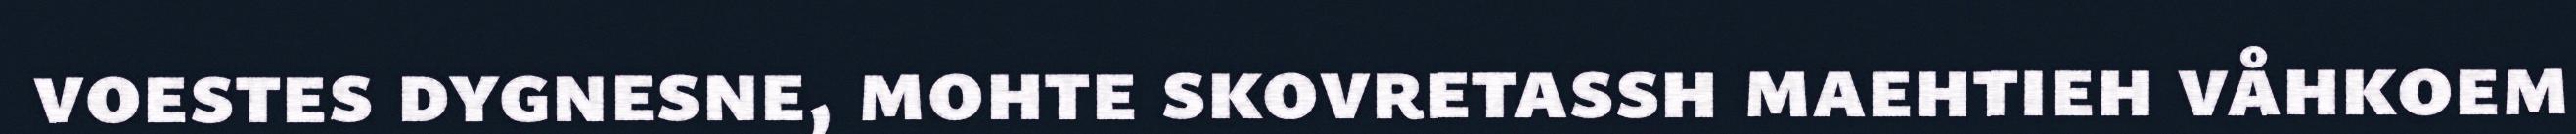
voestes dygnesne, mohte skovretassh maehtieh våhkoem